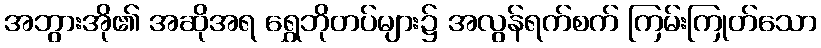
အဘွားအို၏ အဆိုအရ ရွှေဘိုတပ်များ၌ အလွန်ရက်စက် ကြမ်းကြုတ်သော